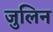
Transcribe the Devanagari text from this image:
जुलिन